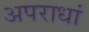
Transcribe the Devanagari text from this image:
अपराधां